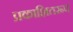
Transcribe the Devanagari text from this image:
प्रकाशितरूप